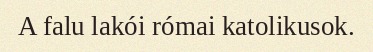
A falu lakói római katolikusok.